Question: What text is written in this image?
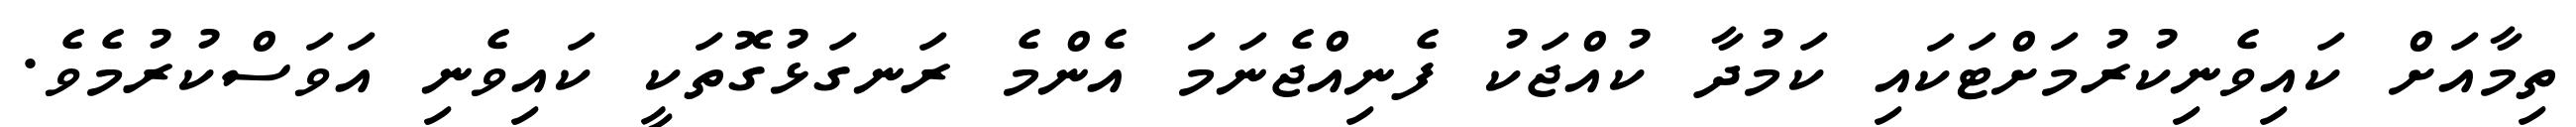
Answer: ތިމާއަށް ކައިވެނިކުރުމަށްޓަކައި ކަމުދާ ކުއްޖަކު ފެނިއްޖެނަމަ އެންމެ ރަނގަޅުގޮތަކީ ކައިވެނި އަވަސްކުރުމެވެ.